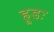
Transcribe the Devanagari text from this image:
हूडः